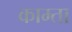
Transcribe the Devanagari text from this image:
काम्ता